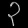
Digit: ၃